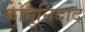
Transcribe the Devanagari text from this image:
कोमुनिदाद